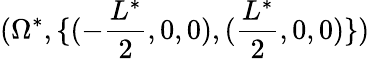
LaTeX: (\Omega^{\ast},\{ (-\frac{L^{\ast}}{2},0,0),(\frac{L^{\ast}}{2},0,0)\} )